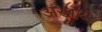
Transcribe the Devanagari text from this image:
अखर